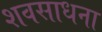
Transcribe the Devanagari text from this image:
शवसाधना